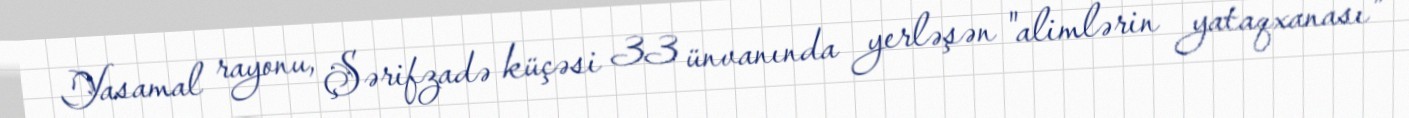
Yasamal rayonu, Şərifzadə küçəsi 33 ünvanında yerləşən "alimlərin yataqxanası"